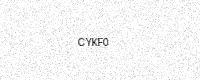
Text: CYKF0